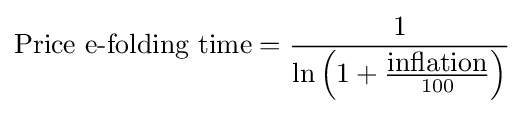
{\hbox{Price e-folding time}}={\frac {1}{\ln \left(1+{\frac {\hbox{inflation}}{100}}\right)}}